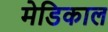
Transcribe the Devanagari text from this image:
मेडिकाल